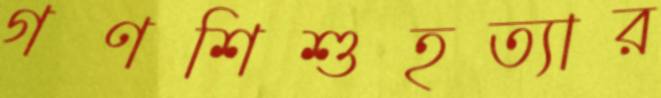
গণশিশুহত্যার